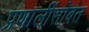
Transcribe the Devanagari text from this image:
प्रणालींसोबत